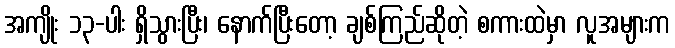
အကျိုး ၁၃-ပါး ရှိသွားပြီး၊ နောက်ပြီးတော့ ချစ်ကြည်ဆိုတဲ့ စကားထဲမှာ လူအများက